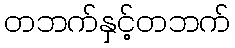
တဘက်နှင့်တဘက်